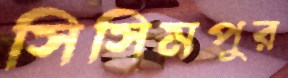
সিসিমপুর